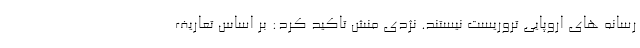
رسانه های اروپایی تروریست نیستند. نژدی منش تاکید کرد: بر اساس تعاریف